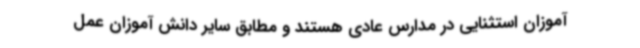
آموزان استثنایی در مدارس عادی هستند و مطابق سایر دانش آموزان عمل